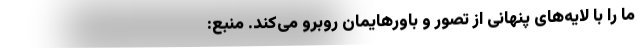
ما را با لایه‌های پنهانی از تصور و باورهایمان روبرو می‌کند. منبع: